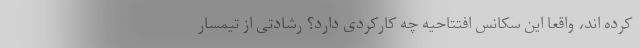
کرده اند، واقعا این سکانس افتتاحیه چه کارکردی دارد؟ رشادتی از تیمسار